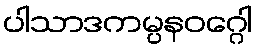
ပါသာဒကမ္ပနဝဂ္ဂေါ